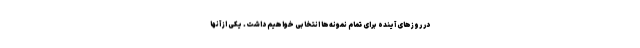
در روزهای آینده برای تمام نمونه‌ها انتخابی خواهیم داشت. یکی از آنها